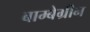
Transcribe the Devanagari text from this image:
बाम्बेग्रीन